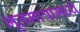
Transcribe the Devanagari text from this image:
भूतमात्रामध्ये